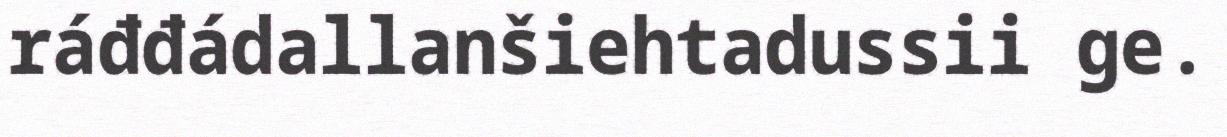
ráđđádallanšiehtadussii ge.